General report no. 6 on the lunatic asylums, vaccination and dispensaries in the Bengal Presidency, 1873 -
Year: 1873
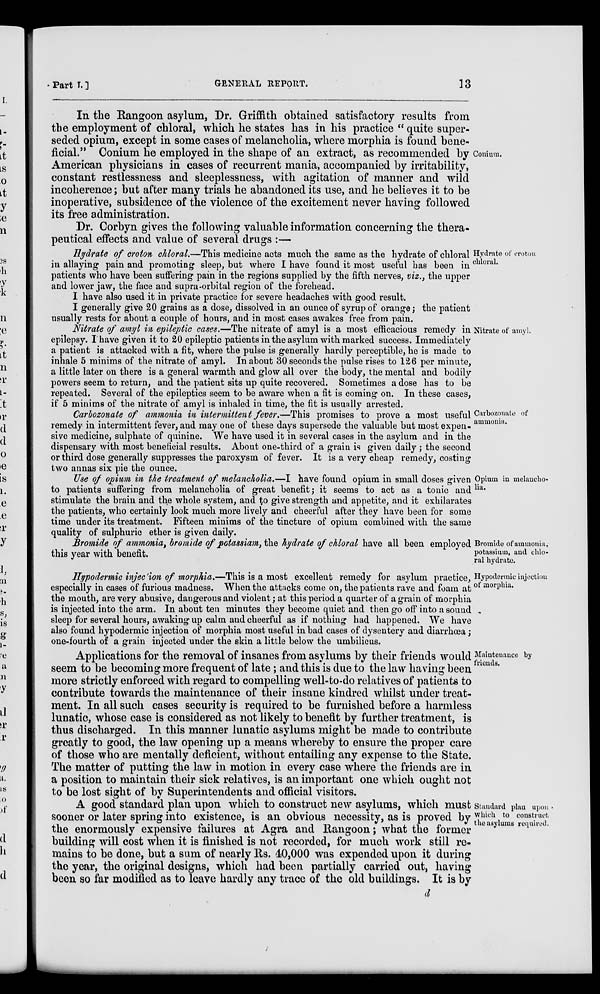
Part I.]
GENERAL REPORT.
13
Conium.
In the Rangoon asylum, Dr. Griffith obtained satisfactory results from
the employment of chloral, which he states has in his practice " quite super-
seded opium, except in some cases of melancholia, where morphia is found bene-
ficial." Conium he employed in the shape of an extract, as recommended by
American physicians in cases of recurrent mania, accompanied by irritability,
constant restlessness and sleeplessness, with agitation of manner and wild
incoherence; but after many trials he abandoned its use, and he believes it to be
inoperative, subsidence of the violence of the excitement never having followed
its free administration.
Dr. Corbyn gives the following valuable information concerning the thera-
peutical effects and value of several drugs :—
Hydrate of croton
chloral.
Hydrate of croton chloral.—This medicine acts much the same as the hydrate of chloral
in allaying pain and promoting sleep, but where I have found it most useful has been in
patients who have been suffering pain in the regions supplied by the fifth nerves, viz., the upper
and lower jaw, the face and supra-orbital region of the forehead.
I have also used it in private practice for severe headaches with good result.
I generally give 20 grains as a dose, dissolved in an ounce of syrup of orange; the patient
usually rests for about a couple of hours, and in most cases awakes free from pain.
Nitrate of amyl.
Nitrate of amyl in epileptic cases.—The nitrate of amyl is a most efficacious remedy in
epilepsy. I have given it to 20 epileptic patients in the asylum with marked success. Immediately
a patient is attacked with a fit, where the pulse is generally hardly perceptible, he is made to
inhale 5 minims of the nitrate of amyl. In about 30 seconds the pulse rises to 126 per minute,
a little later on there is a general warmth and glow all over the body, the mental and bodily
powers seem to return, and the patient sits up quite recovered. Sometimes a dose has to be
repeated. Several of the epileptics seem to be aware when a fit is coming on. In these cases,
if 5 minims of the nitrate of amyl is inhaled in time, the fit is usually arrested.
Carbozonate of
ammonia.
Carbozonate of ammonia in intermittent fever.—This promises to prove a most useful
remedy in intermittent fever, and may one of these days supersede the valuable but most expen-
sive medicine, sulphate of quinine. We have used it in several cases in the asylum and in the
dispensary with most beneficial results. About one-third of a grain is given daily; the second
or third dose generally suppresses the paroxysm of fever. It is a very cheap remedy, costing
two annas six pie the ounce.
Opium in melancho-
lia.
Use of opium in the treatment of melancholia.—I have found opium in small doses given
to patients suffering from melancholia of great benefit; it seems to act as a tonic and
stimulate the brain and the whole system, and to give strength and appetite, and it exhilarates
the patients, who certainly look much more lively and cheerful after they have been for some
time under its treatment. Fifteen minims of the tincture of opium combined with the same
quality of sulphuric ether is given daily.
Bromide of ammonia,
potassium, and chlo-
ral hydrate.
Bromide of ammonia, bromide of potassiam, the hydrate of chloral have all been employed
this year with benefit.
Hypodermic injection
of morphia.
Hypodermic injection of morphia.—This is a most excellent remedy for asylum practice,
especially in cases of furious madness. When the attacks come on, the patients rave and foam at
the mouth, are very abusive, dangerous and violent; at this period a quarter of a grain of morphia
is injected into the arm. In about ten minutes they become quiet and then go off into a sound
sleep for several hours, awaking up calm and cheerful as if nothing had happened. We have
also found hypodermic injection of morphia most useful in bad cases of dysentery and diarrhœa ;
one-fourth of a grain injected under the skin a little below the umbilicus.
Maintenance by
friends.
Applications for the removal of insanes from asylums by their friends would
seem to be becoming more frequent of late; and this is due to the law having been
more strictly enforced with regard to compelling well-to-do relatives of patients to
contribute towards the maintenance of their insane kindred whilst under treat-
ment. In all such cases security is required to be furnished before a harmless
lunatic, whose case is considered as not likely to benefit by further treatment, is
thus discharged. In this manner lunatic asylums might be made to contribute
greatly to good, the law opening up a means whereby to ensure the proper care
of those who are mentally deficient, without entailing any expense to the State.
The matter of putting the law in motion in every case where the friends are in
a position to maintain their sick relatives, is an important one which ought not
to be lost sight of by Superintendents and official visitors.
Standard plan upon
which to construct,
the asylums required.
A good standard plan upon which to construct new asylums, which must
sooner or later spring into existence, is an obvious necessity, as is proved by
the enormously expensive failures at Agra and Rangoon; what the former
building will cost when it is finished is not recorded, for much work still re-
mains to be done, but a sum of nearly Rs. 40,000 was expended upon it during
the year, the original designs, which had been partially carried out, having
been so far modified as to leave hardly any trace of the old buildings. It is by
d